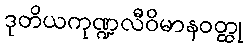
ဒုတိယကုဏ္ဍလီဝိမာနဝတ္ထု